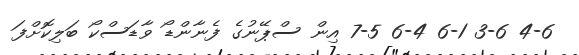
4-6 3-6 6-1 6-4 7-5 އިން ސްޕޭނުގެ ފެނާންޑޯ ވާޑަސްކޯ ބަލިކޮށްފަ